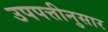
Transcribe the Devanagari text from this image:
उपपत्तीनुसार